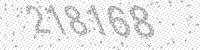
Solution: 218168